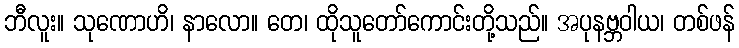
ဘီလူး။ သုဏောဟိ၊ နာလော။ တေ၊ ထိုသူတော်ကောင်းတို့သည်။ အပုနဗ္ဘဝါယ၊ တစ်ဖန်